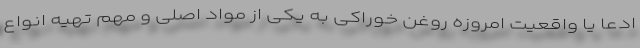
ادعا یا واقعیت امروزه روغن خوراکی به یکی از مواد اصلی و مهم تهیه انواع